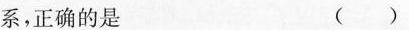
系，正确的是 ()